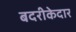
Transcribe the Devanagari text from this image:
बदरीकेदार